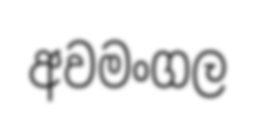
අවමංගල